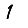
Digit: 1